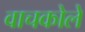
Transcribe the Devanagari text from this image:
वाचकोले